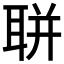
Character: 聠